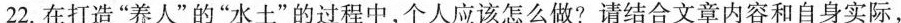
22.在打造“养人”的“水土”的过程中，个人应该怎么做?请结合文章内容和自身实际，